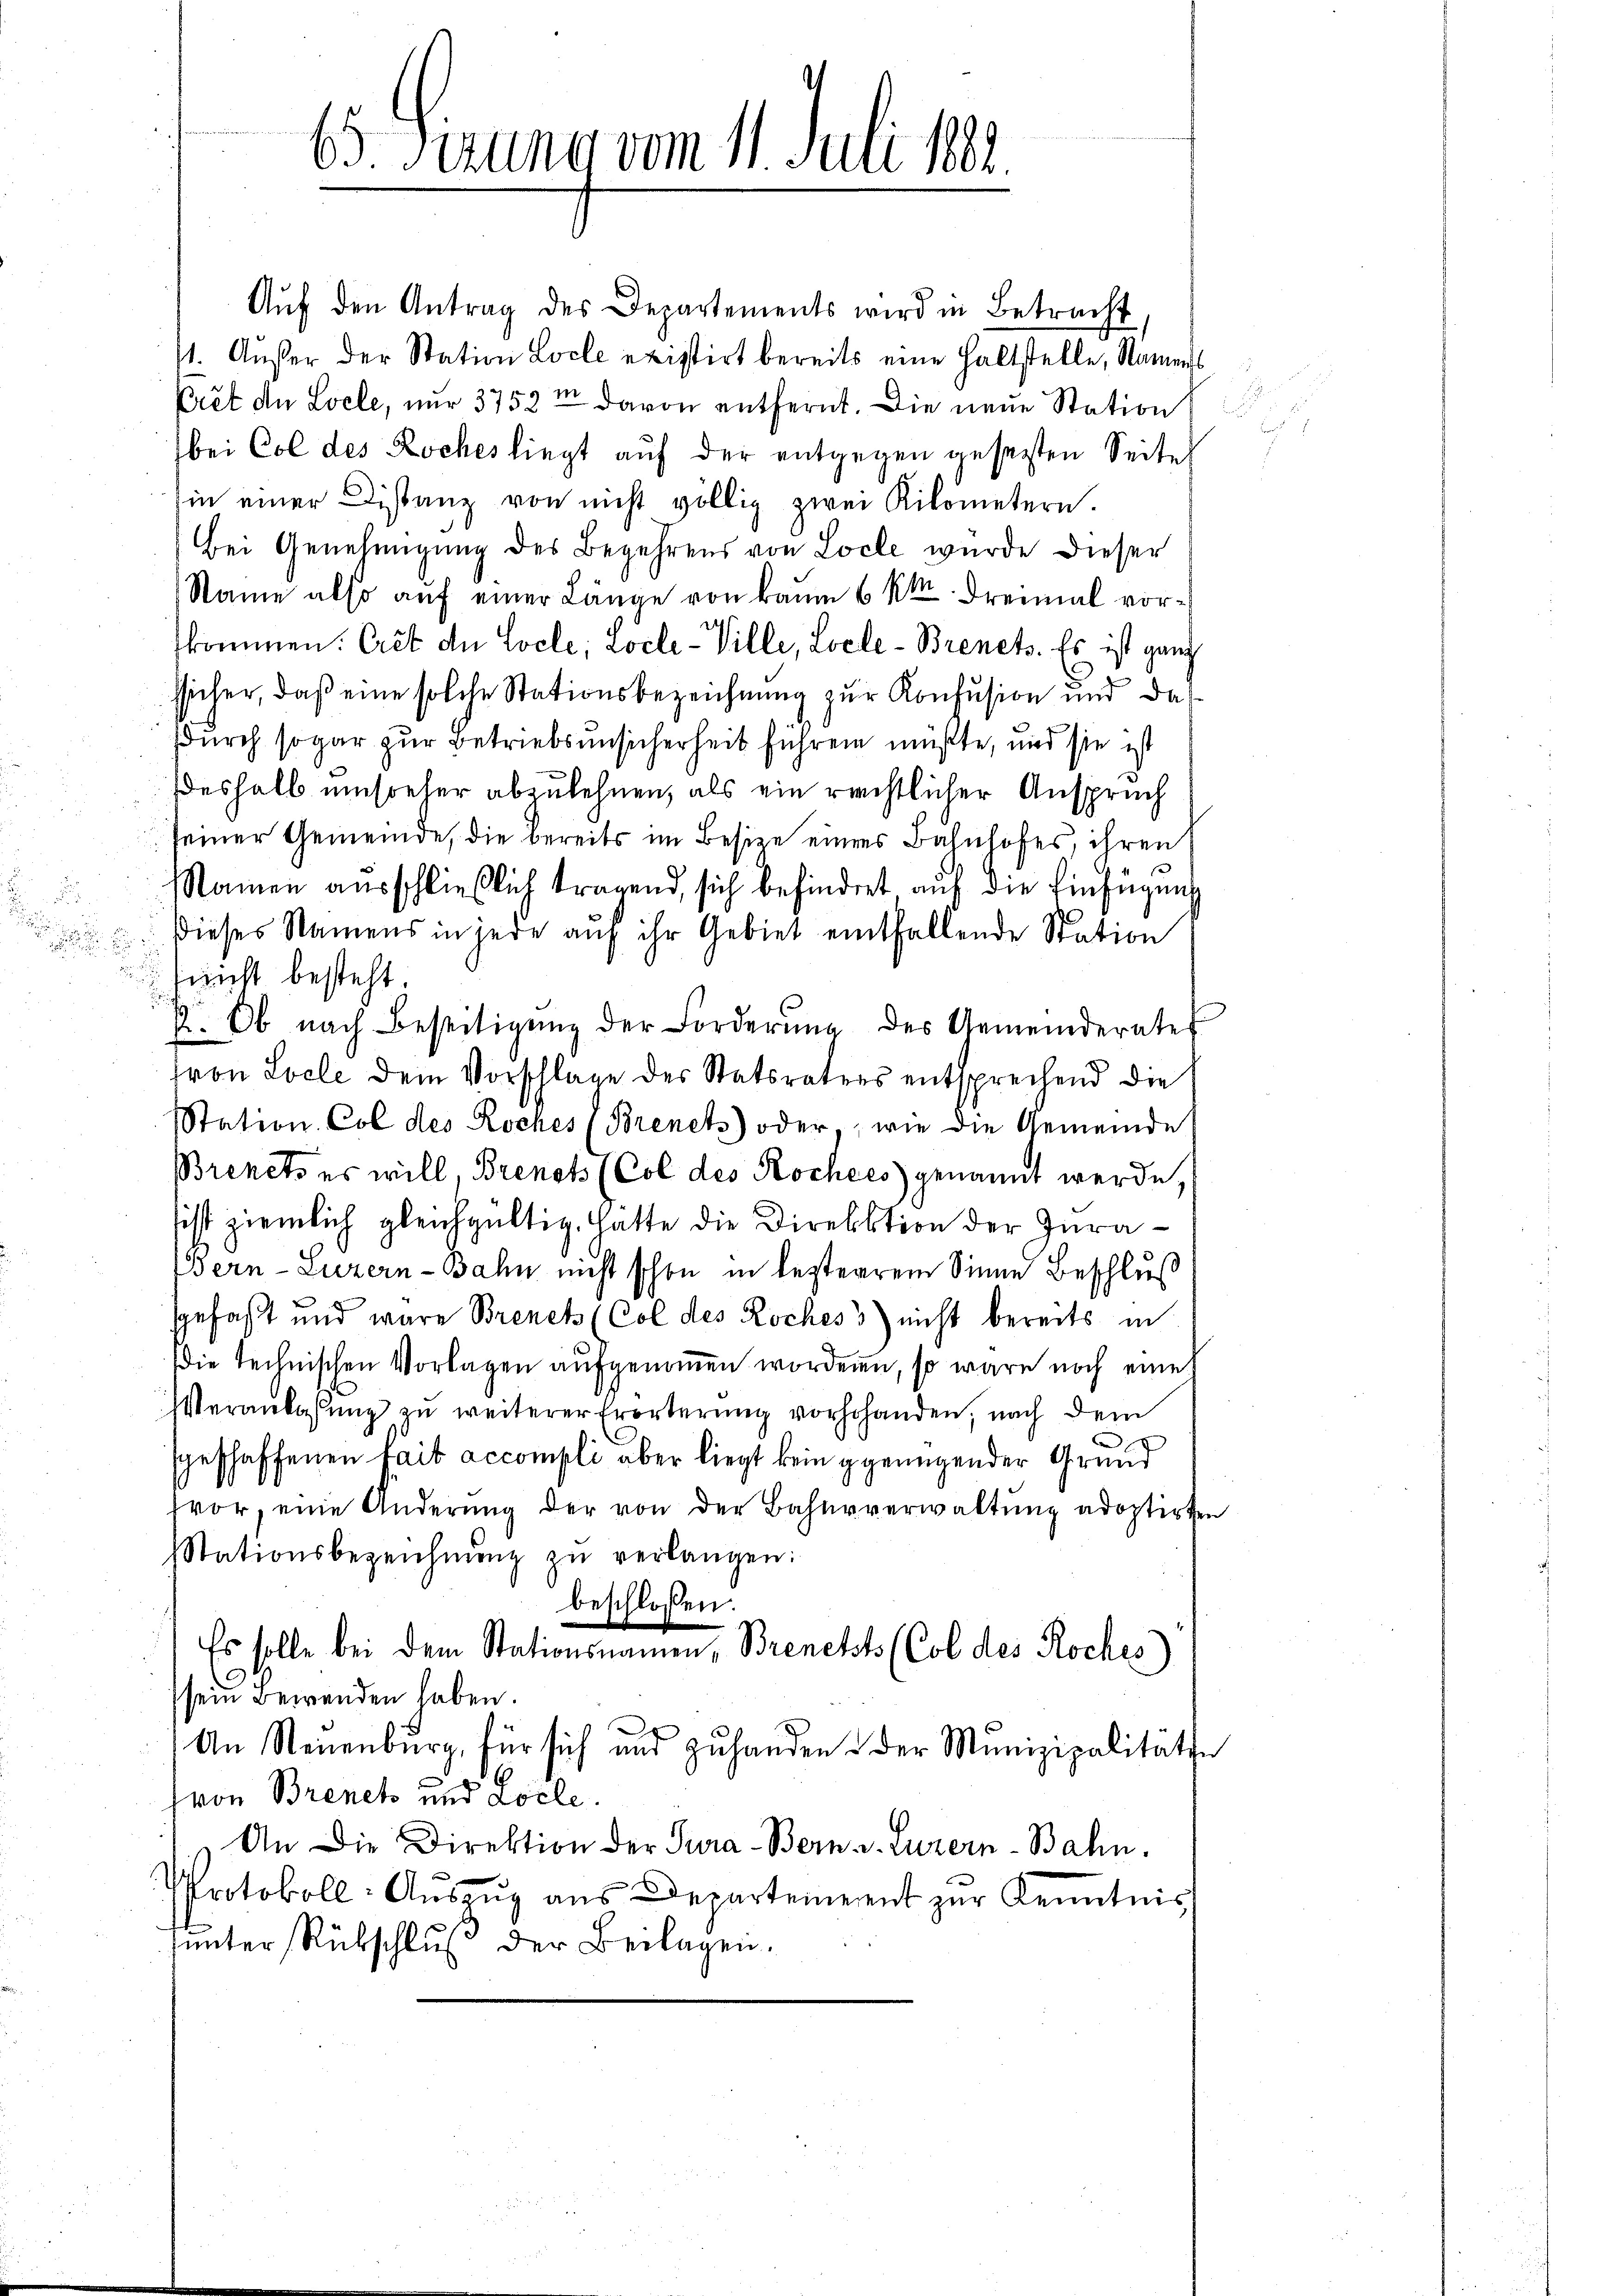
n

Aŭf den Antrag des Departements wird in Betracht,
1. Außer der Station Loche existirt bereits eine haltstelle, Namens
Prêt de Locle, nur 3752 davon entfernt. Die neue Station
bei Col des Roches liegt auf der entgegen gesezten Seite
in einer Distanz von nicht völlig zwei Kilometern.
Bei Genehmigung des Begehrens von Loele wurde dieser
Name also auf einer Länge von kaum 6 kk. Freimal vorskommen. Cret der Locle; Locle-Ville, Locle-Brenets. Es ist ganz
ssicher, daß eine solche Stationsbezeichnung zur Konfusion und dadurch sogar zur Betriebsunsicherheit führen müßte, und sie ist
deshalb umsteher abzulehnen, als ein rechtlicher Anspruch
seiner Gemeinde, die bereits im Besize eines Bahnhofes, ihren
Namen ausschließlich tragend, sich befindert auf die Einfügung
dieses Namens in jede auf ihr Gebiet entfallende Station

nicht besteht
k. Ob nach Beseitigŭng der Forderŭng des Gemeinderate
von Locle dem Vorschlage des Statsraters entsprechend die
Station Col des Roches (Brenet) oder, wie die Gemeinde
Brinets es will, Brenots (Col des Kochees) genannt werde.
sist ziemlich gleichgültig, hatte die Direktion der Jura¬
Bern-Luzern-Bahn nicht schon in besterren Sinne Beschluß
gefaßt und wäre Brenck (Col des Roches nicht bereits in
Die technischen Vorlagen aufgenommen worden, so wäre noch eine
Veranlassung zu weiterer Erörterung vorhohanden, nach dem
Geschaffenen Lait accompli aber liegt kein gegenügender Grund
vor, eine Änderŭng der von der Bahnverwaltŭng adoptirten
Stationsbezeichnŭng zŭ verlangen:
beschlossen:
Es solle bei dem Stationsnamen, Brenckts (Col des Roches)
sein Bewenden haben.
An Neuenburg, für sich und zŭ handen & der Munizipalitäte
Hron Brenet und Loele.
An die Direktion der Tura-Bern v. Luzern-Bahn.
Protokoll- Aŭszŭg aŭs Departement zŭr Kenntnis
unter Rückschluß der Beilagen.

65 Sizung vom 1. Juli 184.

r